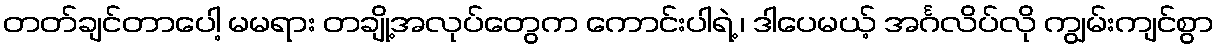
တတ်ချင်တာပေါ့ မမရား တချို့အလုပ်တွေက ကောင်းပါရဲ့ ၊ ဒါပေမယ့် အင်္ဂလိပ်လို ကျွမ်းကျင်စွာ